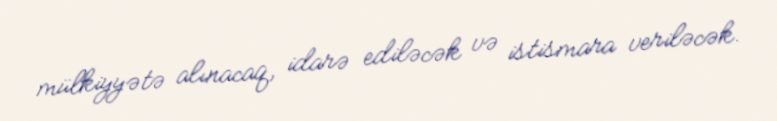
mülkiyyətə alınacaq, idarə ediləcək və istismara veriləcək.